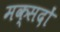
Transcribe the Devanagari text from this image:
मक्सदों